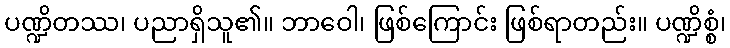
ပဏ္ဍိတဿ၊ ပညာရှိသူ၏။ ဘာဝေါ၊ ဖြစ်ကြောင်း ဖြစ်ရာတည်း။ ပဏ္ဍိစ္စံ၊